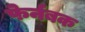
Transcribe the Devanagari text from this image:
फेर्नबक